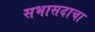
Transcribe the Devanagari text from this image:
सभासदाचा